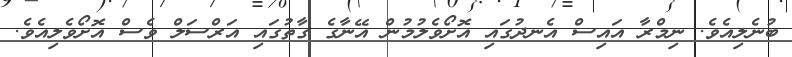
ބުނެލިއެވެ. ނިމްރާ އައިސް އެނދުގައި އޮށޯވެލުމުން އޭނާގެ ގާތުގައި އަރްސަލް ވެސް އޮށޯވެލިއެވެ.